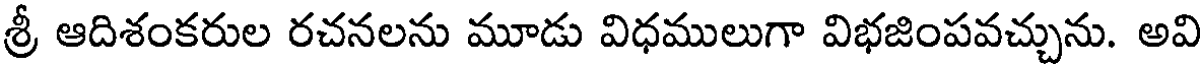
శ్రీ ఆదిశంకరుల రచనలను మూడు విధములుగా విభజింపవచ్చును. అవి